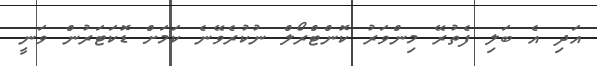
އަދި އެ ބަލި ފެތުރޭ މިންވަރު ކޮންޓްރޯލް ނުކުރެވޭނެ ކަމަށް ޑޮކަޓަރުން ވަނީ